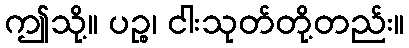
ဤသို့။ ပဉ္စ၊ ငါးသုတ်တို့တည်း။